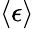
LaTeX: \langle\epsilon\rangle